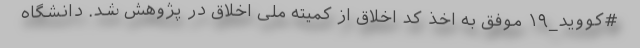
#کووید_۱۹ موفق به اخذ کد اخلاق از کمیته ملی اخلاق در پژوهش شد. دانشگاه